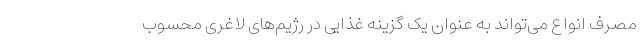
مصرف انواع می‌تواند به عنوان یک گزینه غذایی در رژیم‌های لاغری محسوب